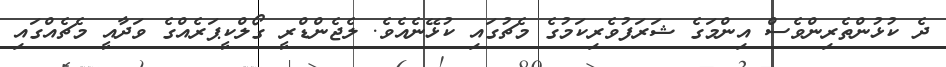
ދެ ކުޅުންތެރިންވެސް އިންމަގެ ޝަރަފުވެރިކަމުގެ މެޗުގައި ކުޅޭނެއެވެ. ލެޖެންޑްރީ ގޯލްކީޕަރެއްގެ ވަދާއީ މެޗެއްގައި